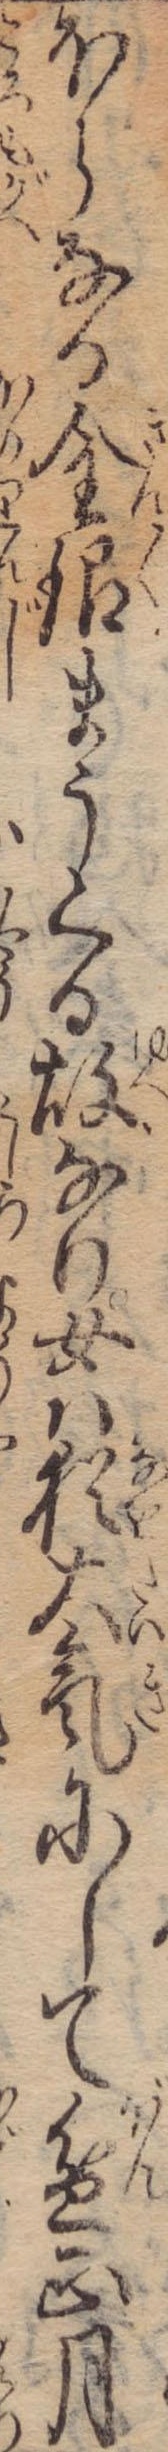
ほらなる金銀まうくる故なり女は猶大気にして盆正月